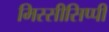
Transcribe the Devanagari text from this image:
मिस्सीसिप्पी